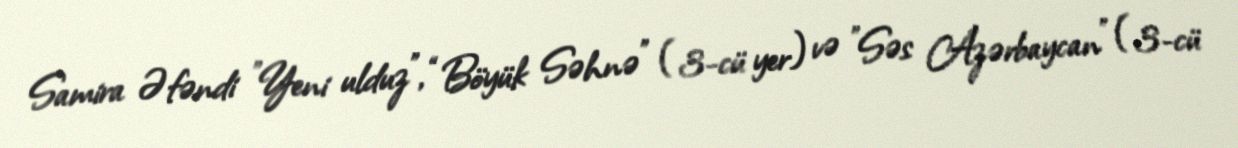
Samira Əfəndi "Yeni ulduz", “Böyük Səhnə” (3-cü yer) və "Səs Azərbaycan" (3-cü